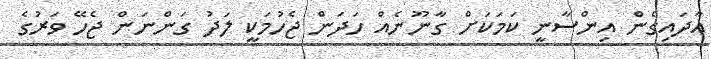
އާދައިގެން އިންސާނީ ކަމަކަށް ގާނޫނެއް ހަދަން ޖެހުމަކީ ލަދު ގަންނަން ޖެހޭ ވަރުގެ